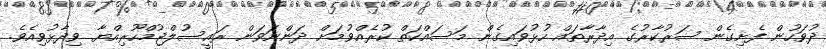
ދުވަހުން ފެށިގެން ސަރުކާރުގެ އިދާރާތައް ހުޅުވައިގެން މަސައްކަތް ކުރެއްވުމަށް ދަންނަވަން ރައީސުލްޖުމްހޫރިއްޔާ ވިދާޅުވިއެވެ.